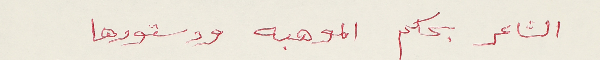
الشاعر بحكم الموهبه ودستورها